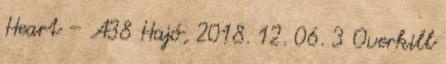
Heart – A38 Hajó, 2018. 12. 06. 3 Overkill